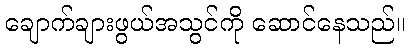
ချောက်ချားဖွယ်အသွင်ကို ဆောင်နေသည်။